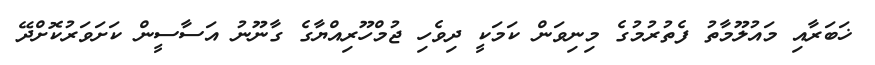
ޚަބަރާއި މައުލޫމާތު ފެތުރުމުގެ މިނިވަން ކަމަކީ ދިވެހި ޖުމްހޫރިއްޔާގެ ގާނޫނު އަސާސީން ކަށަވަރުކޮށްދޭ